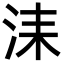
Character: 洡